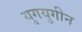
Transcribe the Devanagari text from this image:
युगयुगीन